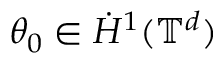
\theta _ { 0 } \in \dot { H } ^ { 1 } ( \ensuremath { \mathbb { T } } ^ { d } )